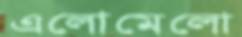
এলোমেলো